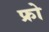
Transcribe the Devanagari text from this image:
फ्रो